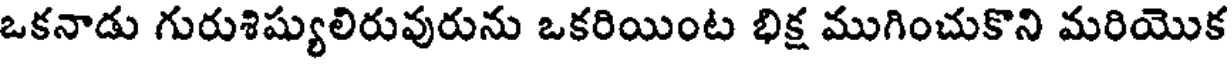
ఒకనాడు గురుశిష్యులిరువురును ఒకరియింట భిక్ష ముగించుకొని మరియొక